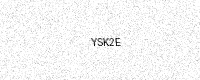
Text: YSK2E